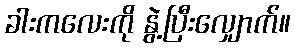
ခါးကလေးကို နွဲ့ပြီးလျှောက်။